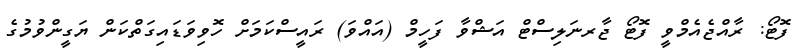
ފޮޓޯ: ރާއްޖެއެމްވީ ފޮޓޯ ޖާރނަލިސްޓް އަޝްވާ ފަހީމް (އައްވަ) ރައީސްކަމަށް ހޮވިވަޑައިގަތްކަން ޔަގީންވުމުގެ